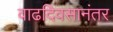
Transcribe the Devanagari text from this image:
वाढदिवसानंतर